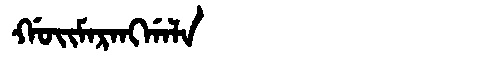
Manchu: ᡤᠣᡳᠮᠠᡵᠠᠩᡤᠠᠯᠠ
Romanization: GOIMARANGGALA